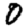
Digit: 0